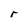
Character: r